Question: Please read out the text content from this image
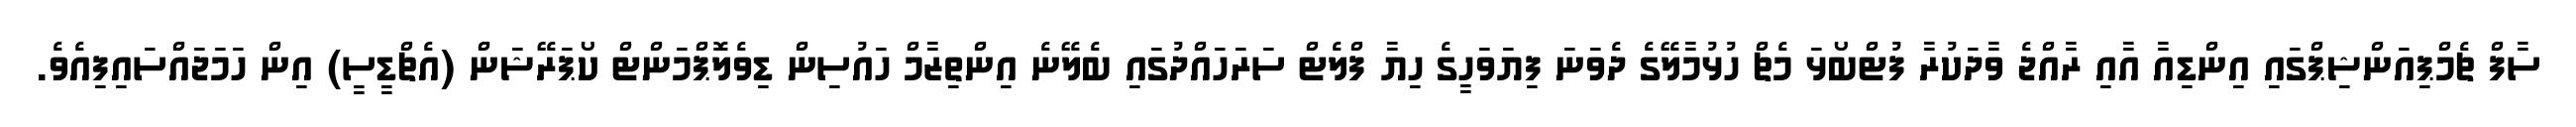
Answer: ސާފް ޗެމްޕިއަންޝިޕްގައި އިންޑިއާ އާއި ރާއްޖެ ވާދަކުރާ ފުޓްބޯޅަ މެޗް ހުޅުމާލޭގެ ދެވަނަ ފިޔަވަހީގެ ހިޔާ ފްލެޓް ސަރަހައްދުގައި ބެލޭނެ އިންތިޒާމް ހައުސިން ޑިވެލޮޕްމަންޓް ކޯޕަރޭޝަން (އެޗްޑީސީ) އިން ހަމަޖައްސައިފިއެވެ.